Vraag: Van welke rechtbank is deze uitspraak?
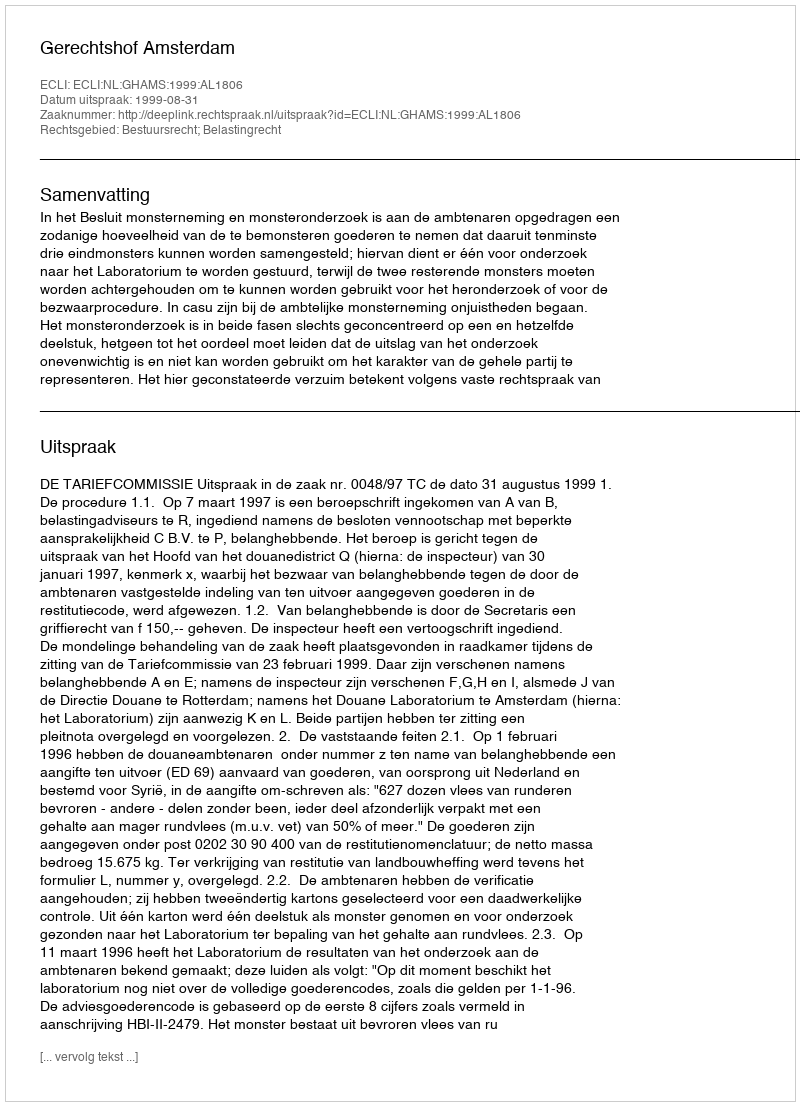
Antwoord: Gerechtshof Amsterdam